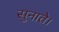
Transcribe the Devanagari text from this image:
सुनाते।